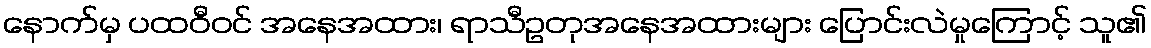
နောက်မှ ပထဝီဝင် အနေအထား၊ ရာသီဥတုအနေအထားများ ပြောင်းလဲမှုကြောင့် သူ၏